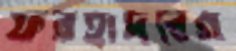
ফরহাদবেগ